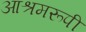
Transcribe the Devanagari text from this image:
आश्रमरूपी